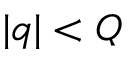
| q | < Q